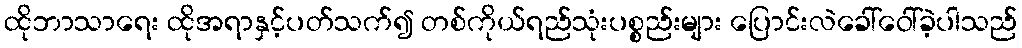
ထိုဘာသာရေး ထိုအရာနှင့်ပတ်သက်၍ တစ်ကိုယ်ရည်သုံးပစ္စည်းများ ပြောင်းလဲခေါ်ဝေါ်ခဲ့ပါသည်